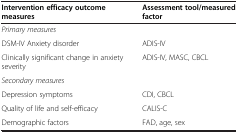
<table><thead><tr><td><b>Intervention efficacy outcome measures</b></td><td><b>Assessment tool/measured factor</b></td></tr></thead><tbody><tr><td><i>Primary measures</i></td><td> </td></tr><tr><td>DSM-IV Anxiety disorder</td><td>ADIS-IV</td></tr><tr><td>Clinically significant change in anxiety severity</td><td>ADIS-IV, MASC, CBCL</td></tr><tr><td><i>Secondary measures</i></td><td> </td></tr><tr><td>Depression symptoms</td><td>CDI, CBCL</td></tr><tr><td>Quality of life and self-efficacy</td><td>CALIS-C</td></tr><tr><td>Demographic factors</td><td>FAD, age, sex</td></tr></tbody></table>